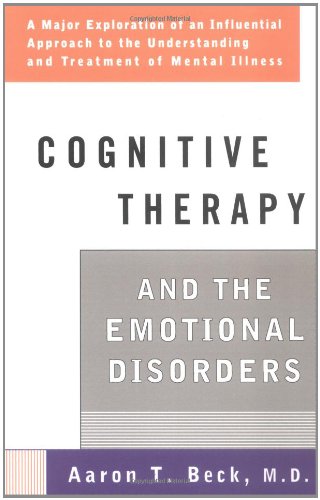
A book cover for Cognitive Therapy and the Emotional Disorders (Meridian); Aaron T. Beck; Science & Math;